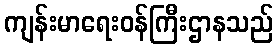
ကျန်းမာရေးဝန်ကြီးဌာနသည်